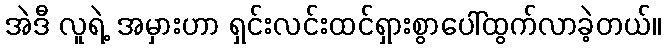
အဲဒီ လူရဲ့ အမှားဟာ ရှင်းလင်းထင်ရှားစွာပေါ်ထွက်လာခဲ့တယ်။